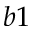
b 1